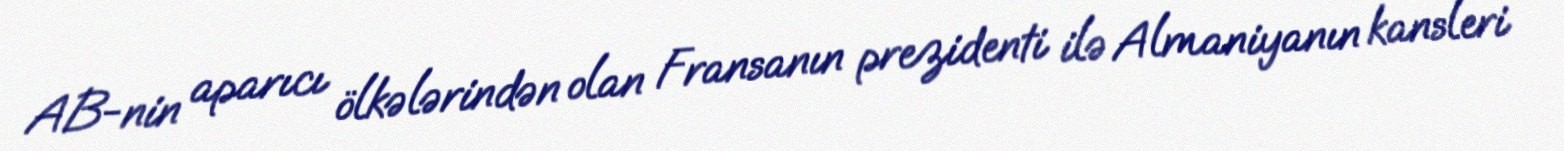
AB-nin aparıcı ölkələrindən olan Fransanın prezidenti ilə Almaniyanın kansleri